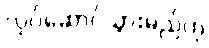
လုပ်ဆောင်သွားမည်ဟု